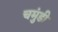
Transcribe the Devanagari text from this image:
चमुंडी